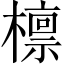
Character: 檩